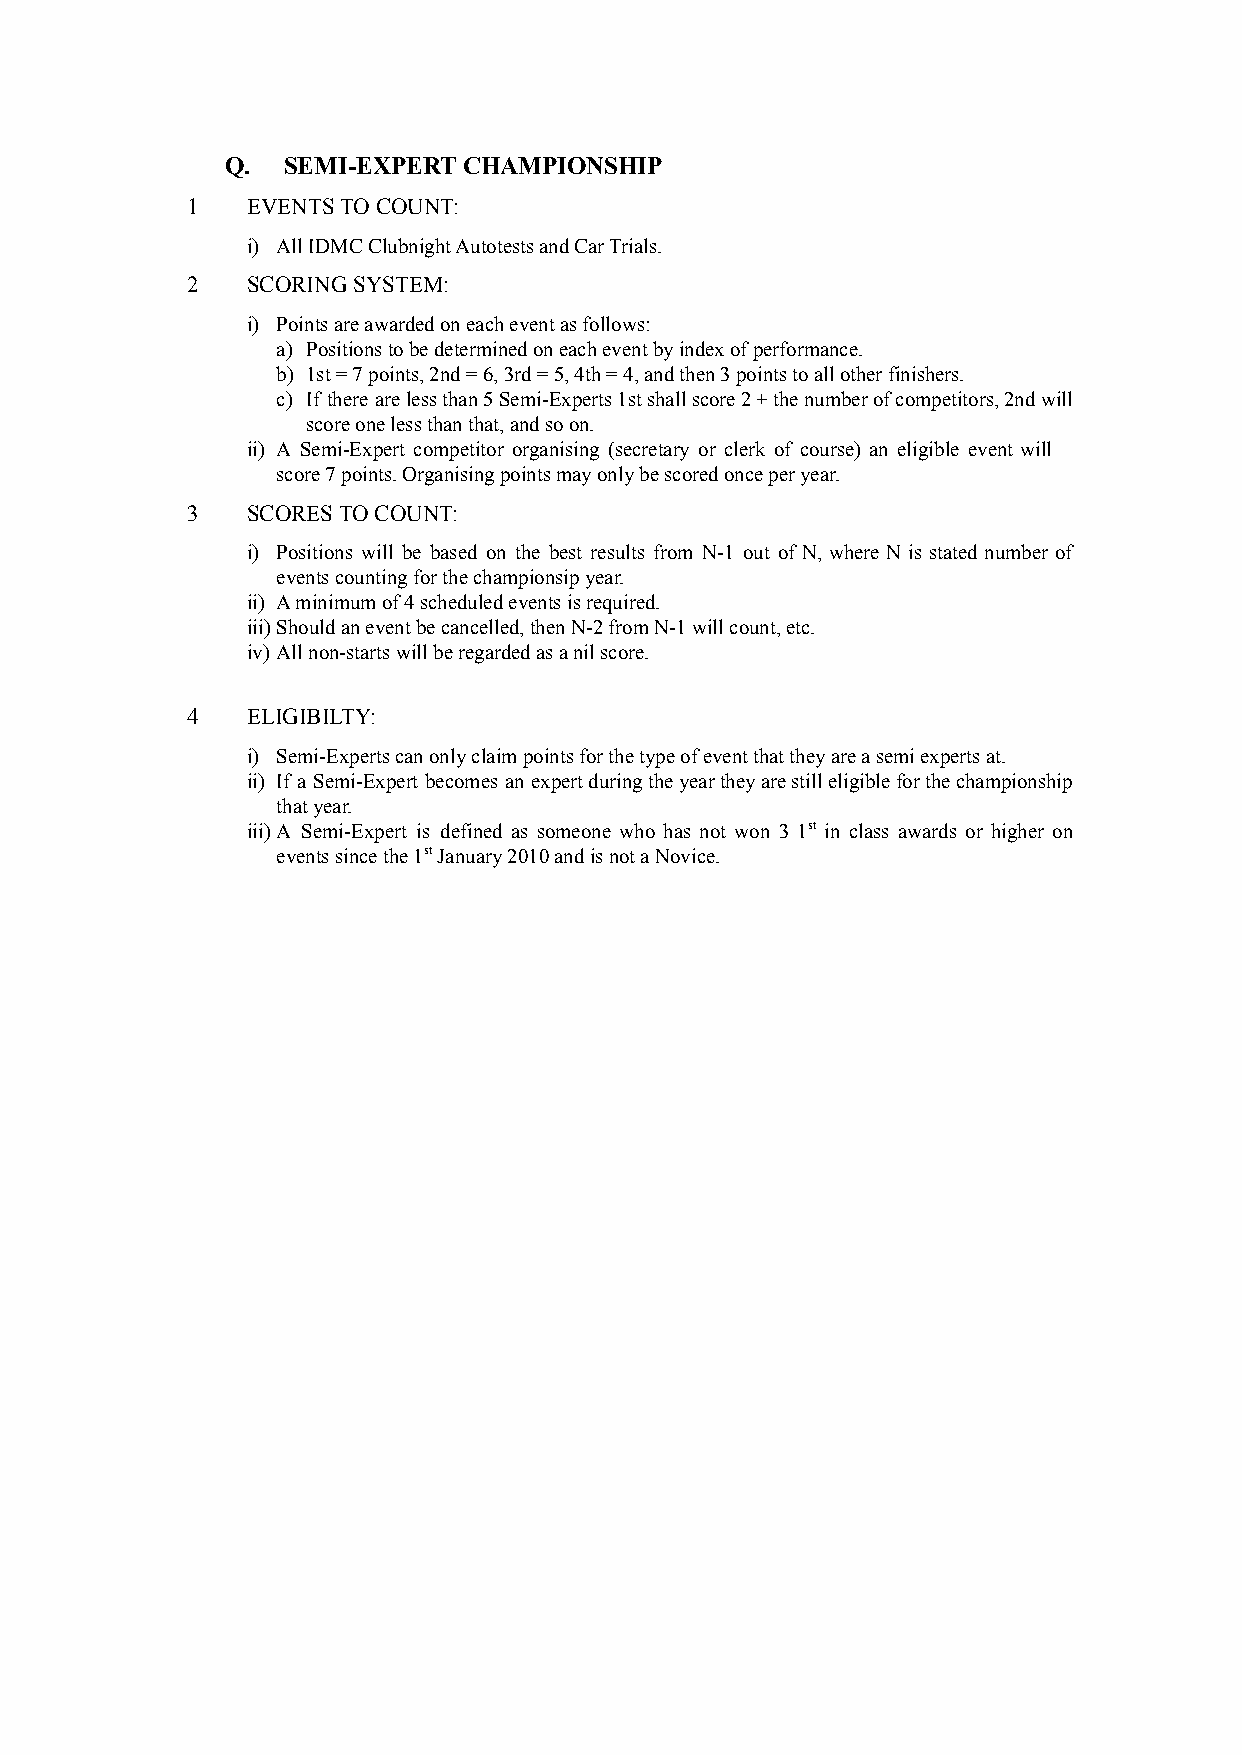
Q.  SEMI-EXPERT CHAMPIONSHIP
 1   EVENTS TO COUNT:
 i) All IDMC Clubnight Autotests and Car Trials.
 2   SCORING SYSTEM:
 i) Points are awarded on each event as follows:
 a) Positions to be determined on each event by index of performance.
 b) 1st = 7 points, 2nd = 6, 3rd = 5, 4th = 4, and then 3 points to all other finishers.
 c) If there arelessthan5Semi-Experts1stshallscore2+thenumberofcompetitors,2ndwill
 score one less than that, and so on.
 ii) A Semi-Expert competitor organising (secretary or clerk of course) an eligible event will
 score 7 points. Organising points may only be scored once per year.
 3   SCORES TO COUNT:
 i) Positions will be based on the best results from N-1 out of N, where N is stated number of
 events counting for the championsip year.
 ii) A minimum of 4 scheduled events is required.
 iii)Should an event be cancelled, then N-2 from N-1 will count, etc.
 iv) All non-starts will be regarded as a nil score.
 4   ELIGIBILTY:
 i) Semi-Experts can only claim points for the type of event that they are a semi experts at.
 ii) If a Semi-Expert becomes an expertduringtheyeartheyarestilleligibleforthechampionship
 that year.
 iii)A Semi-Expert is defined as someone who has not won 3 1st in class awards or higher on
 events since the 1stJanuary 2010 and is not a Novice.